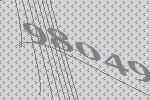
98049